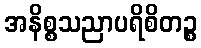
အနိစ္စသညာပရိစိတဉ္စ